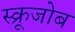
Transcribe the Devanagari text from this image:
स्क्रूजोब